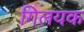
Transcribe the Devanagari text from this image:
गिलयक